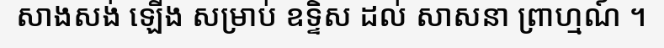
សាងសង់ ឡើង សម្រាប់ ឧទ្ទិស ដល់ សាសនា ព្រាហ្មណ៍ ។